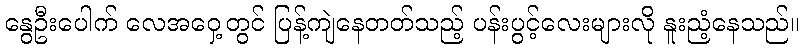
နွေဦးပေါက် လေအဝှေ့တွင် ပြန့်ကျဲနေတတ်သည့် ပန်းပွင့်လေးများလို နူးညံ့နေသည်။